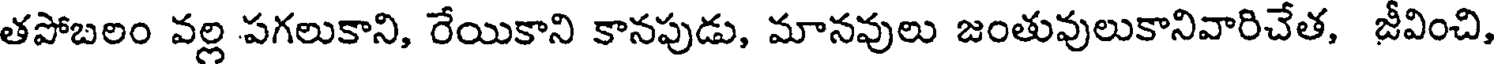
తపోబలం వల్ల పగలుకాని, రేయికాని కానపుడు, మానవులు జంతువులుకానివారిచేత, జీవించి,